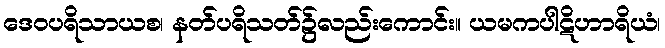
ဒေဝပရိသာယစ၊ နတ်ပရိသတ်၌လည်းကောင်း။ ယမကပါဋိဟာရိယံ၊